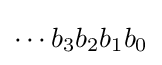
\cdots b_{3}b_{2}b_{1}b_{0}